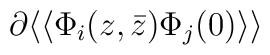
\partial\langle\langle\Phi_i(z,\bar z)\Phi_j(0)\rangle\rangle